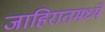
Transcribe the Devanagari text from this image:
जाहिरातमध्ये